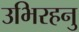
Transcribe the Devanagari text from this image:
उभिरहनु